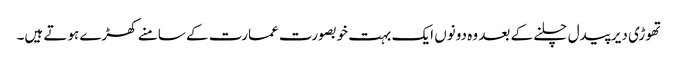
تھوڑی دیر پیدل چلنے کے بعد وہ دونوں ایک بہت خوبصورت عمارت کے سامنے کھڑے ہوتے ہیں۔